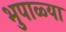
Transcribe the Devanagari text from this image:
भुपाळ्या